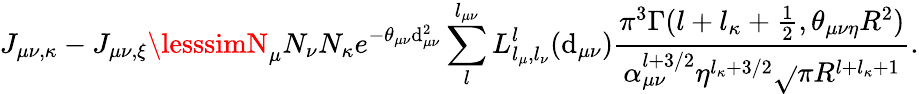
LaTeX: J_{\mu\nu,\kappa}-J_{\mu\nu,\xi}\lesssimN_{\mu}N_{\nu}N_{\kappa}e^{-\theta_{\mu\nu}\mathrm{d}_{\mu\nu}^{2}}\sum_{l}^{l_{\mu\nu}}L_{l_{\mu},l_{\nu}}^{l}(\mathrm{d}_{\mu\nu})\frac{{\pi^{3}\Gamma(l+l_{\kappa}+\frac{{1}}{{2}},\theta_{\mu\nu\eta}R^{2})}}{{\alpha_{\mu\nu}^{l+3/2}\eta^{l_{\kappa}+3/2}\sqrt{}{{\pi}}R^{l+l_{\kappa}+1}}}.